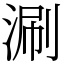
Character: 涮